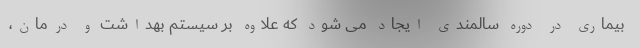
بیماری در دوره سالمندی ایجاد می شود که علاوه بر سیستم بهداشت و درمان،